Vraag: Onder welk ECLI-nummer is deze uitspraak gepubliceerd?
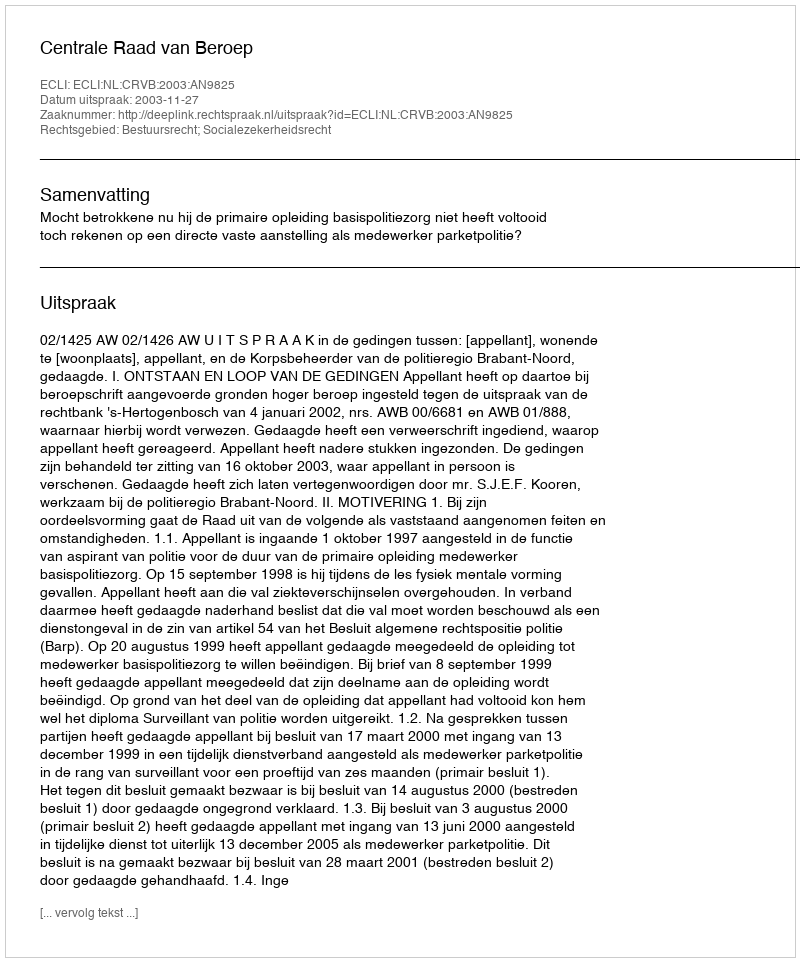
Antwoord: ECLI:NL:CRVB:2003:AN9825